Calcutta medical institutions reports 1871-78
Year: 1871
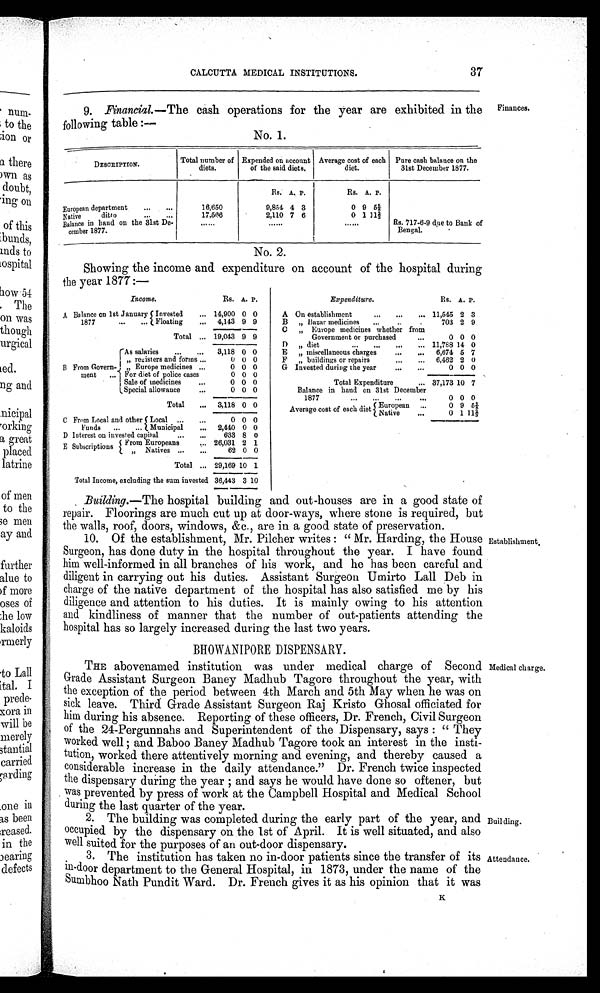
37
CALCUTTA MEDICAL INSTITUTIONS.
9. Financial.—The cash operations for the year are exhibited in the
followin g table :--
No. 1.
DESCRIPTION'.
Total number of
diets.
Expended on account
of the said diets.
Average cost of each
diet.
Pure cash balance on the
31st December 1877.
Rs. A. P.
Rs. A. P.
European department
...
...
16,650
9,854 4 3
0 9 5 5/8
Native
ditto
...
...
2,110 7 6
0 1,
Balance in hand on the 31st De-
camber 1877.
......
......
......
Rs. 717-6.9 due to Bank of
Bengal.
No. 2.
Showing the income and expenditure on account of the hospital during
the year 1877 :—
Finances.
Income.
Rs. A. P.
A Balance on 1st January
1877
...
...
Invested
... 14,900 0 0
Floating
...
4,143 9 9
Total ... 19,043 9 9
B From Govern-
ment
...
Pis salaries
...
...
3,118 0 0
„ registers and forms ...
U 0 0
„ Europe medicines ...
0 0 0
For diet of police cases
0 0 0
Sale of medicines
...
0 0 0
Special allowance
...
0 0 0
Total
...
3,118 0 0
C From Local and other
Funds
...
...
Local ...
...
0 0 0
Municipal
...
2,440 0 0
D Interest on invested capital
...
...
633 8 0
E Subscriptions
From Europeans
... 26,031 2 1
„ Natives ...
...
62 0 0
Total ... 29,169 10 1
Total Income, excluding the sum invested 36,443 3 10
Expenditure.
Rs. A. P.
A On establishment
...
...
... 11,545 2 3
B
„ Bazar medicines
...
..
703 2 9
C
„ Europe medicines whether from
Government or purchased
...
0 0 0
1)
„ diet
...
...
...
... 11,788 14 0
E
„ miscellaneous charges
...
...
6,674 5 7
F
„ buildings or repairs
...
...
6,462 2 0
G Invested during the year
...
...
0 . . .
0 0
Total Expenditure
... 37,173 10 7
Balance in hand on 31st December
1877
....
...
...
0 0 0
Average cost of each diet [
European
...
0 9 55/8
Native
...
N
0 1 112/3
Building.—The hospital building and out-houses are in a good state of
repair. Floorings are much cut up at door-ways, where stone is required, but
the walls, roof, doors, windows, &c., are in a good state of preservation.
10. Of the establishment, Mr. Pilcher writes : " Mr. Harding, the House
Surgeon, has done duty in the hospital throughout the year. I have found
him well-informed in all branches of his work, and he has been careful and
diligent in carrying out his duties. Assistant Surgeon Umirto Lall Deb in
charge of the native department of the hospital has also satisfied me by his
diligence and attention to his duties. It is mainly owing to his attention
and kindliness of manner that the number of out-patients attending the
hospital has so largely increased during the last two years.
BHOWANIPORE DISPENSARY.
THE abovenamed institution was under medical charge of Second
Grade Assistant Surgeon Baney Madhub Tagore throughout the year, with
the exception of the period between 4th March and 5th May when he was on
sick leave. Third Grade Assistant Surgeon Raj Kristo Ghosal officiated for
him during his absence. Reporting of these officers, Dr. French, Civil Surgeon
of the 24-Pergunnahs and Superintendent of the Dispensary, says : " They
worked well and Baboo Baney Madhub Tagore took an interest in the insti-
tution, worked there attentively morning and evening, and thereby caused a
c onsiderable increase in the daily attendance." Dr. French twice inspected
the dispensary during the year and says he would have done so oftener, but
. was prevented by press of work at the Campbell Hospital and Medical School
during the last quarter of the year.
2. The building was completed during the early part of the year, and
occupied by the dispensary on the 1st of April. It is well situated, and also
well suited for the purposes of an out-door dispensary.
3. The institution has taken no in-door patients since the transfer of its
in.-door department to the General Hospital, in 1873, under the name of the
S umbhoo Nath Pundit Ward. Dr. French gives it as his opinion that it was
Establishment,
Medical charge.
Building.
Attendance.
K